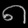
Digit: ၈